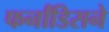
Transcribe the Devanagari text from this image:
फर्नांडिसने